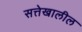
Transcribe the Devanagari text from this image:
सत्तेखालील